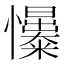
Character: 𢥟